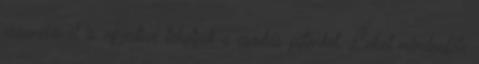
eszenciával is egyedivé tehetjük a csodás piténket. Lehet mindenféle